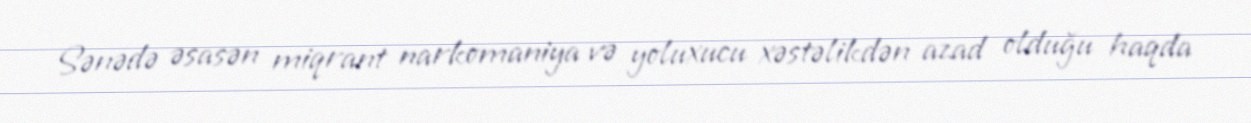
Sənədə əsasən miqrant narkomaniya və yoluxucu xəstəlikdən azad olduğu haqda